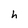
Character: h